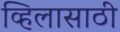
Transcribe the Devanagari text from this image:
व्हिलासाठी